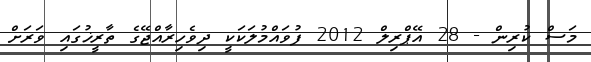
މަސް ކުރިން - 28 އޭޕްރިލް 2012 ފުވައްމުލަކަކީ ދިވެހިރާއްޖޭގެ ތާރީޚުގައި ވަރަށް